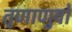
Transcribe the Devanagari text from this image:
तृणाणुवों